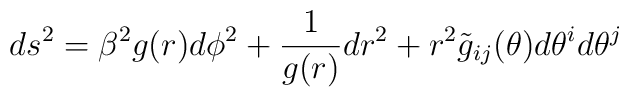
ds^2=\beta^2g(r)d\phi^2+{1 \over g(r)} dr^2+ r^2\tilde{g}_{ij}(\theta)d\theta^id\theta^j